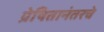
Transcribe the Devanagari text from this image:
प्रेषितानंतरचे